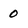
Character: 0